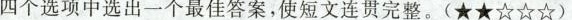
四个选项中选出一个最佳答案,使短文连贯完整. (★★☆☆☆)